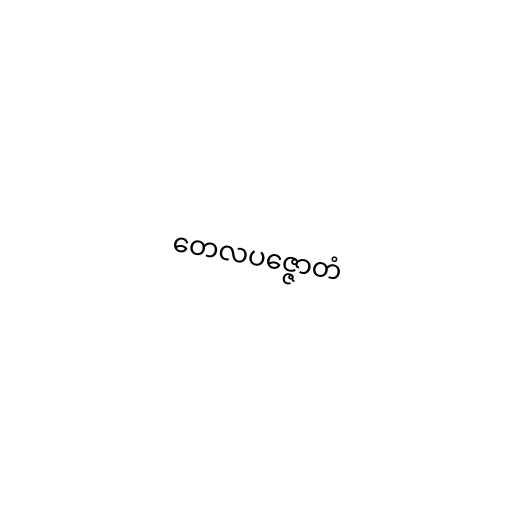
တေလပဇ္ဇောတံ